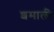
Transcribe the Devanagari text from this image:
शमाली